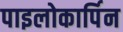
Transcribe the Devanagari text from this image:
पाइलोकार्पिन